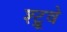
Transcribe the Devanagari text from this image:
श्ट्रूवे